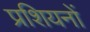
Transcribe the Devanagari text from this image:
प्रशियनों